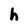
Character: h